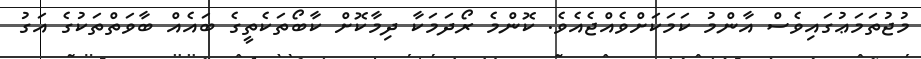
މުޖުތަމަޢުގައިވެސް އާންމު ކަމަކަށްވެއްޖެއެވެ. ކޮންމެ ރޯދަމަކާ ދިމާކޮށް ކާބޯތަކެތީގެ ބައެއް ބާވަތްތަކުގެ އަގު